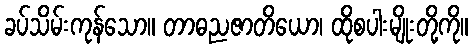
ခပ်သိမ်းကုန်သော။ တာဓညဇာတိယော၊ ထိုစပါးမျိုးတို့ကို။